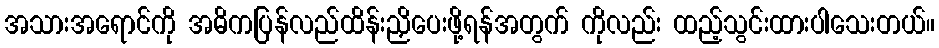
အသားအရောင်ကို အဓိကပြန်လည်ထိန်းညှိပေးဖို့ရန်အတွက် ကိုလည်း ထည့်သွင်းထားပါသေးတယ်။